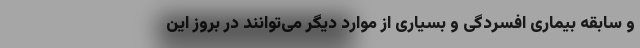
و سابقه بیماری افسردگی و بسیاری از موارد دیگر می‌توانند در بروز این